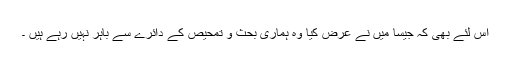
اس لئے بھی كہ جیسا میں نے عرض كیا وہ ہماری بحث و تمحیص كے دائرے سے باہر نہیں رہے ہیں ۔